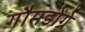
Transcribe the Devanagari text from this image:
गौमडोंग्रे